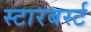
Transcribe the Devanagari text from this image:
स्टारबर्स्ट